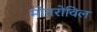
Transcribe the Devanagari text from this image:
मोनरोविल